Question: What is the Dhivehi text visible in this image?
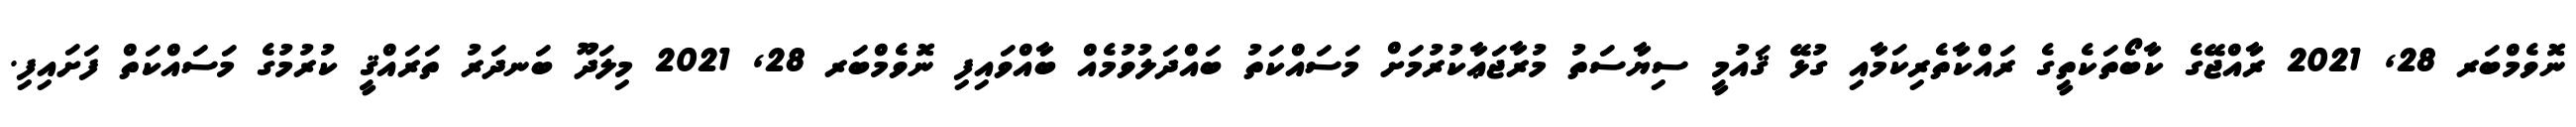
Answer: ނޮވެމްބަރ 28, 2021 ރާއްޖޭގެ ކާބޯތަކެތީގެ ރައްކާތެރިކަމާއި ގުޅޭ ޤައުމީ ސިޔާސަތު މުރާޖަޢާކުރުމަށް މަސައްކަތު ބައްދަލުވުމެއް ބާއްވައިފި ނޮވެމްބަރ 28, 2021 މިލަދޫ ބަނދަރު ތަރައްޤީ ކުރުމުގެ މަސައްކަތް ފަށައިފި.